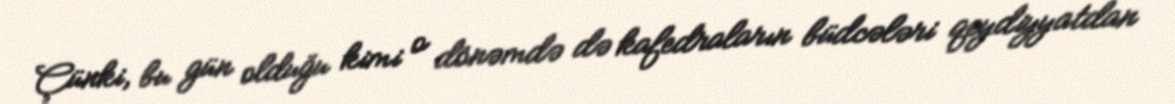
Çünki, bu gün olduğu kimi o dönəmdə də kafedraların büdcələri qeydiyyatdan